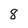
Character: 8